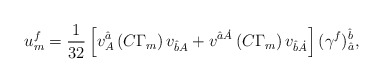
\begin{align*}u^{{ {f}}}_{{ m}} = {1\over 32}\left[v^{{\hat a}}_{{ A}}\left(C\Gamma _{{ m}}\right)v_{{\hat b}{A}}+v^{{\hat a}{\dot A}} \left(C\Gamma _{{ m}}\right)v_{{\hat b}{\dot A}}\right] (\gamma ^{f})^{{{\hat b}}}_{{\hat a}} ,\end{align*}